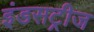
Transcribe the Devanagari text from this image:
इंडसट्रीज